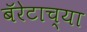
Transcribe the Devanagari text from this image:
बॅरेटाच्या